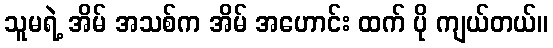
သူမရဲ့ အိမ် အသစ်က အိမ် အဟောင်း ထက် ပို ကျယ်တယ်။